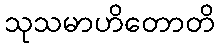
သုသမာဟိတောတိ